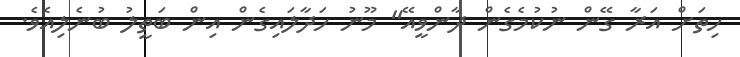
ހިތަށް އަރާ ގޭން ނުކުމެގެން ދާންވީއޭ" މޫނު ހަދާލައިގެން އިން ބަތީލު ބުނެލިއެވެ.